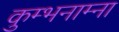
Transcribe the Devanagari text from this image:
कुम्भनाम्ना